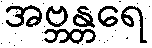
အဗ္ဘန္တရေ